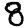
Digit: 8